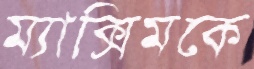
ম্যাক্সিমকে